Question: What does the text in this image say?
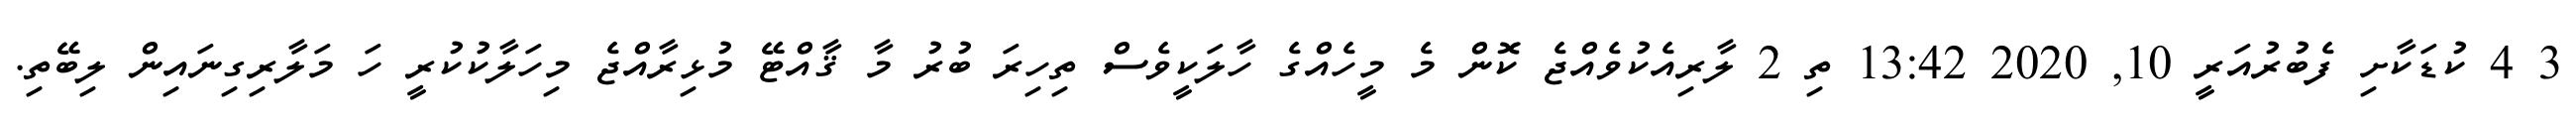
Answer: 3 4 ކުޑަކާށި ފެބުރުއަރީ 10, 2020 13:42 ތި 2 ލާރިއެކުވެއްޖެ ކޮން މެ މީހެއްގެ ހާލަކީވެސް ތިހިރަ ބުރު މާ ޤާއްޓޭ މުޅިރާއްޖެ މިހަލާކުކުރީ ހަ މަލާރިގިނައިން ލިބޭތި.